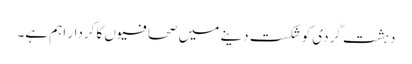
دہشت گردی کو شکست دینے میں صحافیوں کا کردار اہم ہے۔